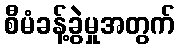
စီမံခန့်ခွဲမှုအတွက်